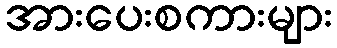
အားပေးစကားများ